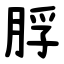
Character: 脬